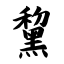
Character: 黧